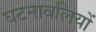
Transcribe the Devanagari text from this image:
घटनावलियों